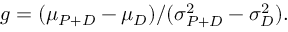
g = ( \mu _ { P + D } - \mu _ { D } ) / ( \sigma _ { P + D } ^ { 2 } - \sigma _ { D } ^ { 2 } ) .